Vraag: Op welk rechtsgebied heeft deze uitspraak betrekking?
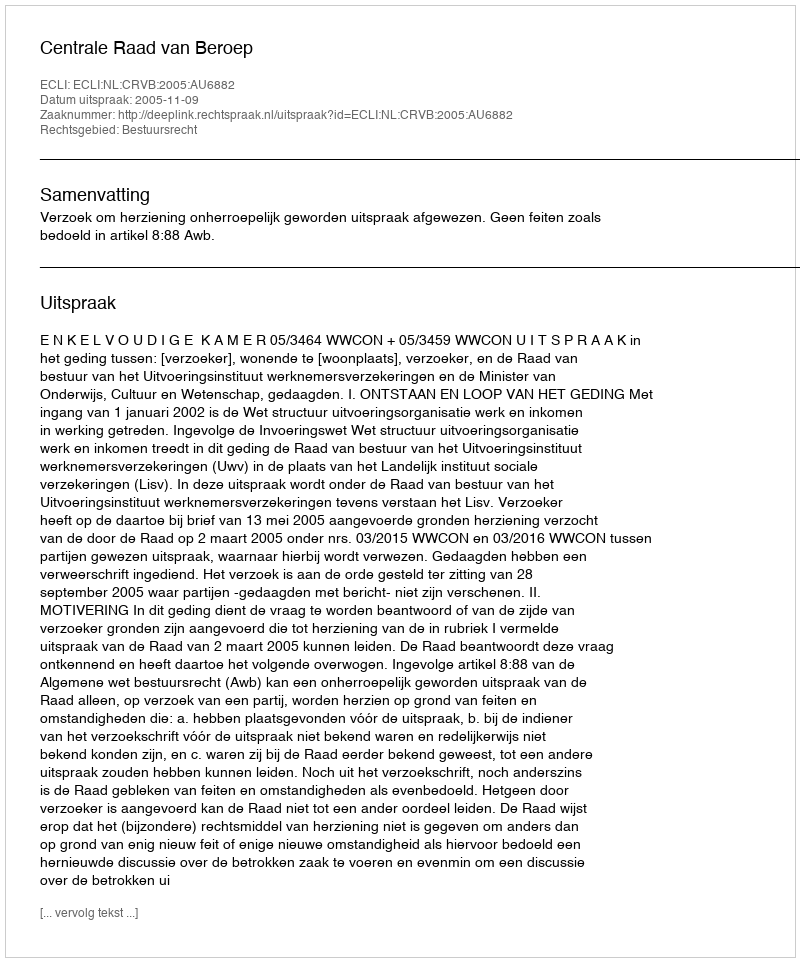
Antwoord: Bestuursrecht